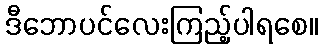
ဒီဘောပင်လေးကြည့်ပါရစေ။